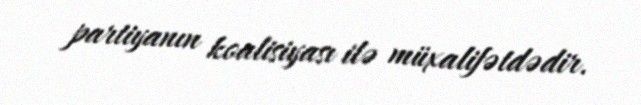
partiyanın koalisiyası ilə müxalifətdədir.